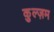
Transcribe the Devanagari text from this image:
कुल्ज़म